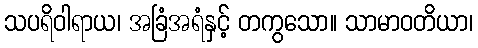
သပရိဝါရာယ၊ အခြံအရံနှင့် တကွသော။ သာမာဝတိယာ၊